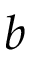
b